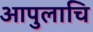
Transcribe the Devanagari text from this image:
आपुलाचि